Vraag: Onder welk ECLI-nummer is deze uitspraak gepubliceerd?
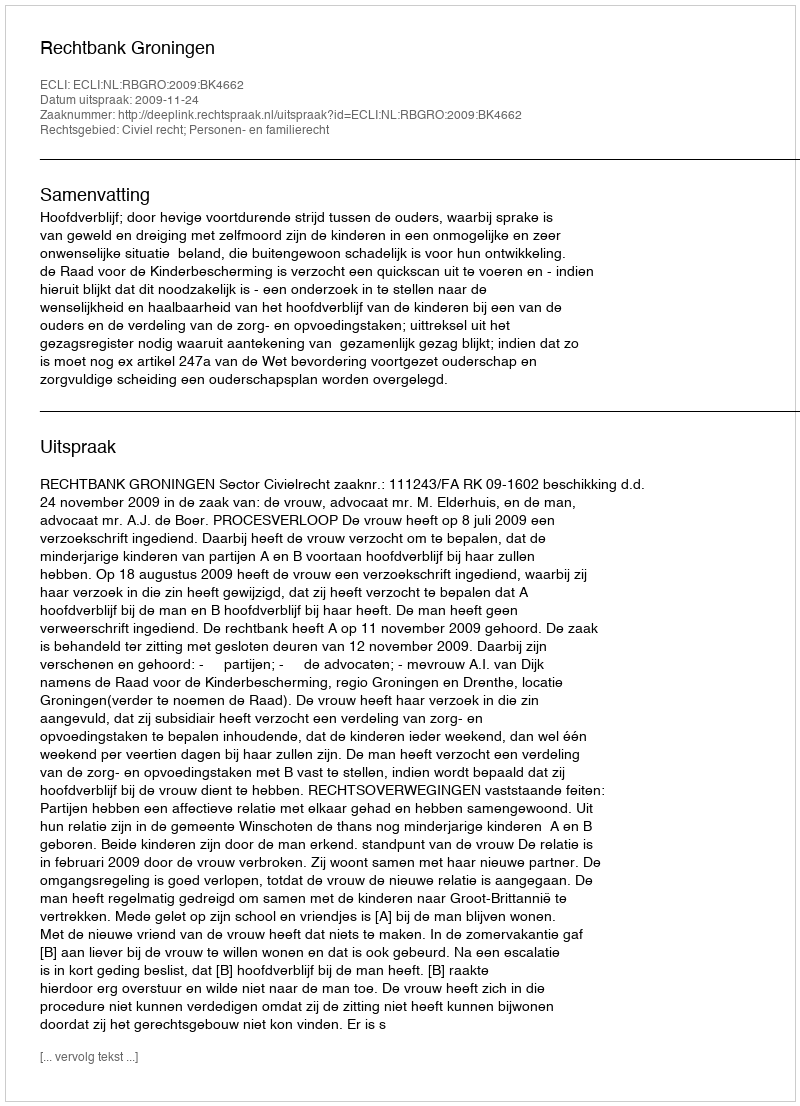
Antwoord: ECLI:NL:RBGRO:2009:BK4662